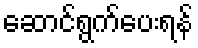
ဆောင်ရွက်ပေးရန်